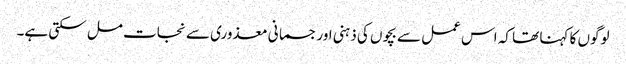
لوگوں کا کہنا تھا کہ اس عمل سے بچوں کی ذہنی اور جسمانی معذوری سے نجات مل سکتی ہے۔